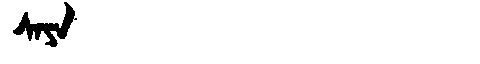
Manchu: ᠰᠠᠶᠠ
Romanization: SAYA